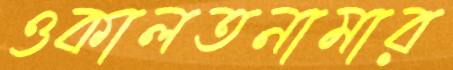
ওকালতনামার